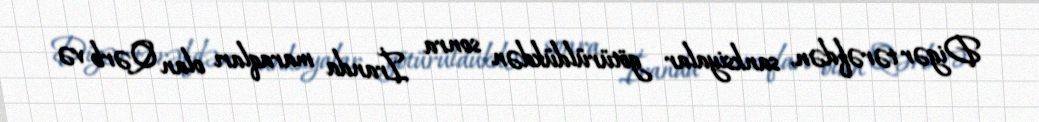
Digər tərəfdən, sanksiyalar götürüldükdən sonra İranda maraqları olan Qərb və